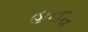
હાઈવ